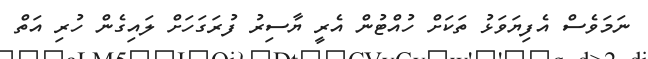
ނަމަވެސް އެފިޔަވަޅު ތަކަށް ހުއްޓުން އެރީ ޔާސިރު ފުރަގަހަށް ލައިގެން ހުރި އަތް